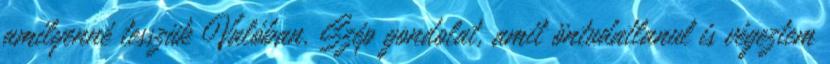
amilyenné tesszük Valóban. Szép gondolat, amit öntudatlanul is végeztem